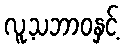
လူ့သဘာဝနှင့်